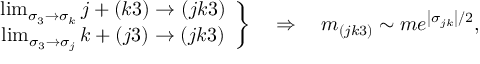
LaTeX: \left. \begin{array} { c } { { \operatorname * { l i m } _ { \sigma _ { 3 } \rightarrow \sigma _ { k } } j + ( k 3 ) \rightarrow ( j k 3 ) } } \\ { { \operatorname * { l i m } _ { \sigma _ { 3 } \rightarrow \sigma _ { j } } k + ( j 3 ) \rightarrow ( j k 3 ) } } \end{array} \right\} \quad \Rightarrow \quad m _ { ( j k 3 ) } \sim m e ^ { \left| \sigma _ { j k } \right| / 2 } ,